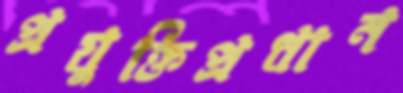
প্রযুক্তিপ্রধান